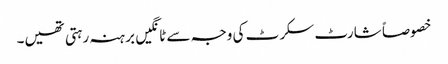
خصوصاً شارٹ سکرٹ کی وجہ سے ٹانگیں برہنہ رہتی تھیں۔